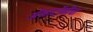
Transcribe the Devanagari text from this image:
अॅनाटॉमीचा